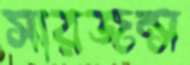
সারজন্স